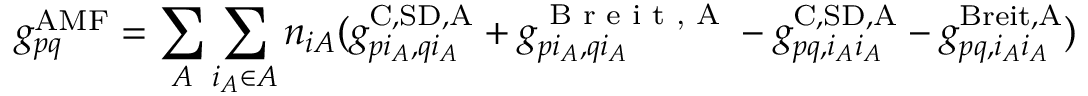
g _ { p q } ^ { \mathrm { A M F } } = \sum _ { A } \sum _ { i _ { A } \in A } n _ { i A } ( g _ { p i _ { A } , q i _ { A } } ^ { \mathrm { C , S D , A } } + g _ { p i _ { A } , q i _ { A } } ^ { \textrm { B r e i t , A } } - g _ { p q , i _ { A } i _ { A } } ^ { \mathrm { C , S D , A } } - g _ { p q , i _ { A } i _ { A } } ^ { \mathrm { B r e i t , A } } )